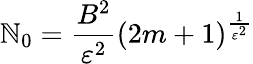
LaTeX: \mathbb{N}_{0}=\frac{{B^{2}}}{{\varepsilon^{2}}}(2m+1)^{\frac{{1}}{{\varepsilon^{2}}}}